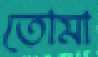
তোমা